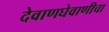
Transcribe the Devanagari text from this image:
देवाणघेवाणीचा